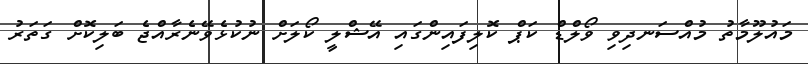
މައުލޫމާތު މުއްސަނދިވި ވޯލްޑް ކަޕް ކޮލިފައިންގައި އޭޝްލީ ކޯލަށް ނުކުޅެވޭނެރާއްޖެ ބަލިކޮށް ގަތަރު